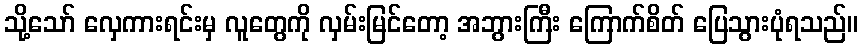
သို့သော် လှေကားရင်းမှ လူတွေကို လှမ်းမြင်တော့ အဘွားကြီး ကြောက်စိတ် ပြေသွားပုံရသည်။